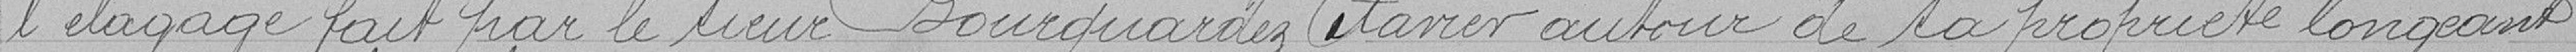
l'élevage fait par le sieur Bourguardez Xavier autour de sa propriété longeant